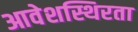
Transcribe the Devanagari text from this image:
आवेशस्थिरता